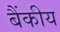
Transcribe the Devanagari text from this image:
बैंकीय